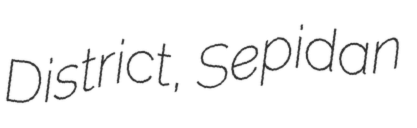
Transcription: District, Sepidan